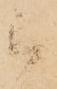
被